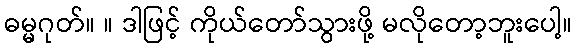
ဓမ္မဂုတ်။ ။ ဒါဖြင့် ကိုယ်တော်သွားဖို့ မလိုတော့ဘူးပေါ့။